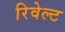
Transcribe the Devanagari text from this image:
रिवेल्ट